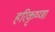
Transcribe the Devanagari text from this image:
हरिकृष्णा